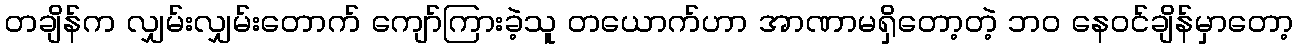
တချိန်က လျှမ်းလျှမ်းတောက် ကျော်ကြားခဲ့သူ တယောက်ဟာ အာဏာမရှိတော့တဲ့ ဘဝ နေဝင်ချိန်မှာတော့